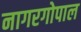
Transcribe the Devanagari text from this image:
नागरगोपाल